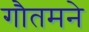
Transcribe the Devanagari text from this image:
गौतमने